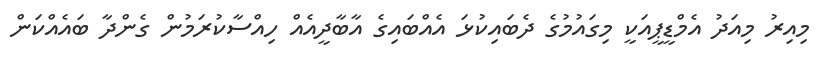
މިއިރު މިއަދު އެމްޑީޕީއަކީ މިގައުމުގެ ދެބައިކުޅަ އެއްބައިގެ އާބާދީއެއް ހިއްސާކުރަމުން ގެންދާ ބައެއްކަން